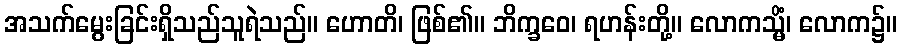
အသက်မွေးခြင်းရှိသည်သူရဲသည်။ ဟောတိ၊ ဖြစ်၏။ ဘိက္ခဝေ၊ ရဟန်းတို့။ လောကသ္မိံ၊ လောက၌။